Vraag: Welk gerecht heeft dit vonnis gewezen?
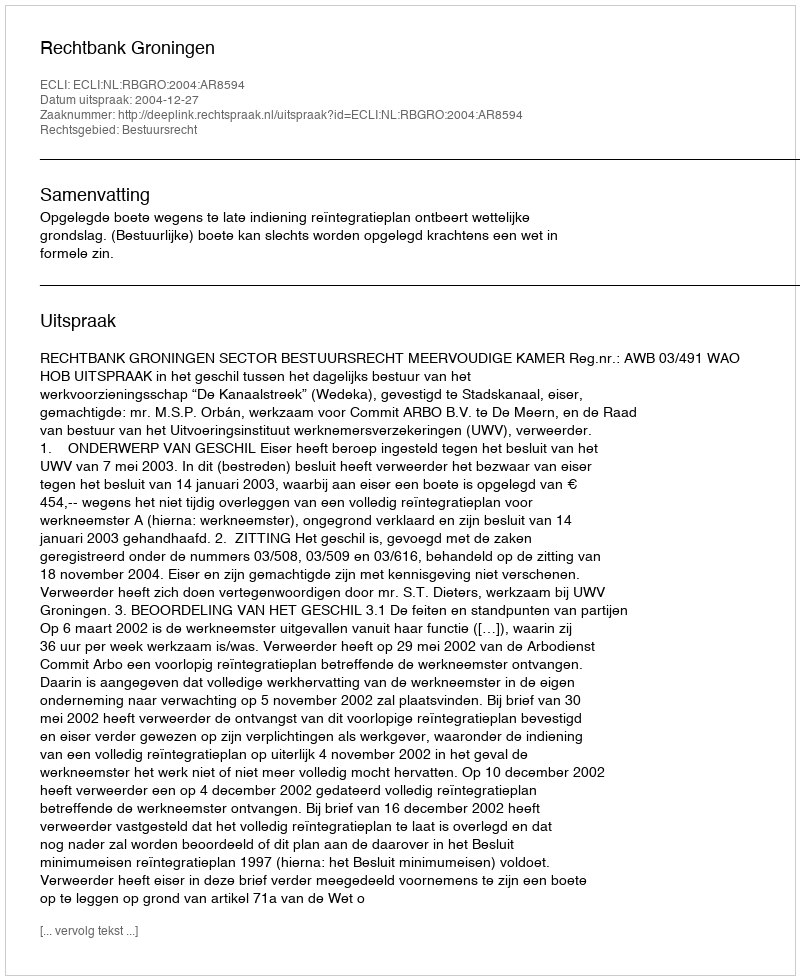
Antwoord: Rechtbank Groningen